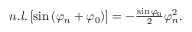
\begin{array} { r } { n . l . \left[ \sin \left( \varphi _ { n } + \varphi _ { 0 } \right) \right] = - \frac { \sin \varphi _ { 0 } } { 2 } \varphi _ { n } ^ { 2 } . } \end{array}